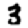
Digit: 3